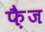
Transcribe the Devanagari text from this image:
फ़ैज